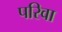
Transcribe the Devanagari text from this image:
परिवा